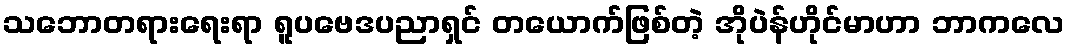
သဘောတရားရေးရာ ရူပဗေဒပညာရှင် တယောက်ဖြစ်တဲ့ အိုပဲန်ဟိုင်မာဟာ ဘာကလေ